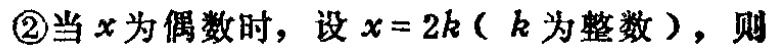
\textcircled{2}当\(x\)为偶数时，设\(x = 2k\)（\(k\)为整数），则